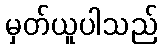
မှတ်ယူပါသည်